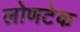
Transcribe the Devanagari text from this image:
लोणटेक